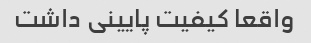
واقعا کیفیت پایینی داشت